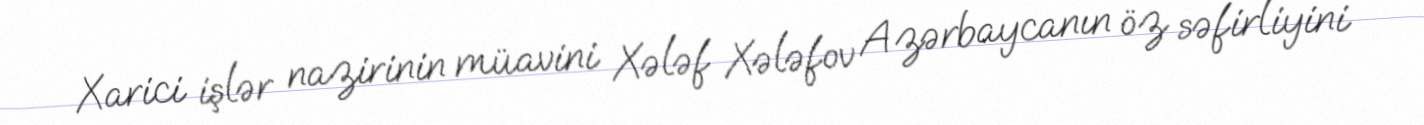
Xarici işlər nazirinin müavini Xələf Xələfov Azərbaycanın öz səfirliyini